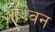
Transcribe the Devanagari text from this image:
अश्‍िवन